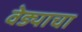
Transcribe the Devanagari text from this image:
वेड्याचा